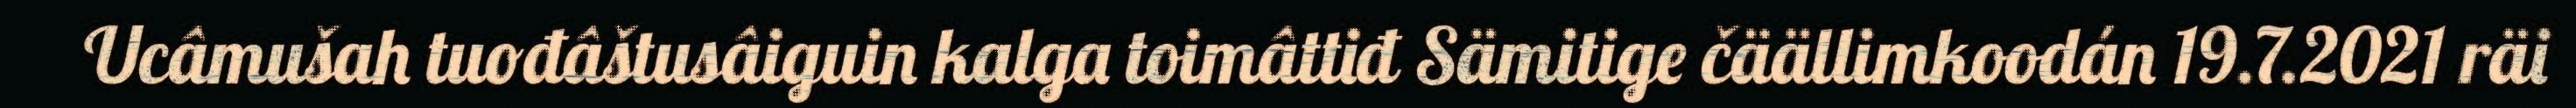
Ucâmušah tuođâštusâiguin kalga toimâttiđ Sämitige čäällimkoodán 19.7.2021 räi